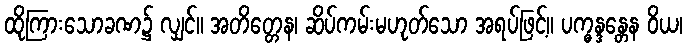
ထိုကြားသောခဏ၌ လျှင်။ အတိတ္တေန၊ ဆိပ်ကမ်းမဟုတ်သော အရပ်ဖြင့်။ ပက္ဓန္ဒန္တေန ဝိယ၊